画像に写った文字を読んでください
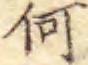
「何」と書いてあります